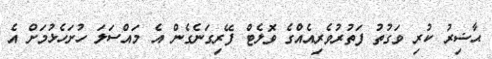
ޙާޟިރު ކުރި ވަގުތު ފަތުރުވެރިއެއްގެ ވޮލެޓް ފޭރިގަނެގެން އެ މައްސަލަ ހުށަހެޅުމަށް އެ